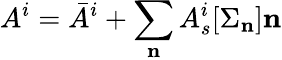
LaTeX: A^{i}=\bar{A}^{i}+\sum_{\mathbf n}A_{s}^{i}[{\Sigma_{\mathbf n}}]{\mathbf n}